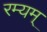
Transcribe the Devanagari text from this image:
रम्यम्